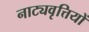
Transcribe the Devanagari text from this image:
नाट्यवृत्तियों